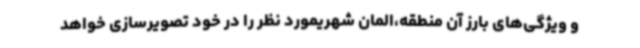
و ویژگی‌های بارز آن منطقه،المان شهریمورد نظر را در خود تصویرسازی خواهد